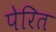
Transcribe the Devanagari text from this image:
पेरित